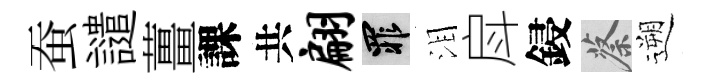
蚕譴薑課共翩罪泪戽鋟蔡遡